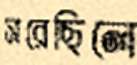
সরেছিলে